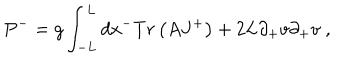
P ^ { - } = g \int _ { - L } ^ { L } d x ^ { - } T r \left( A J ^ { + } \right) + 2 L \partial _ { + } v \partial _ { + } v \; ,